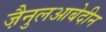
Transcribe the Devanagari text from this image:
जै़नुलआबेदीन